Vaccination in Burma 1900-1911 - 1900-1911
Year: 1900
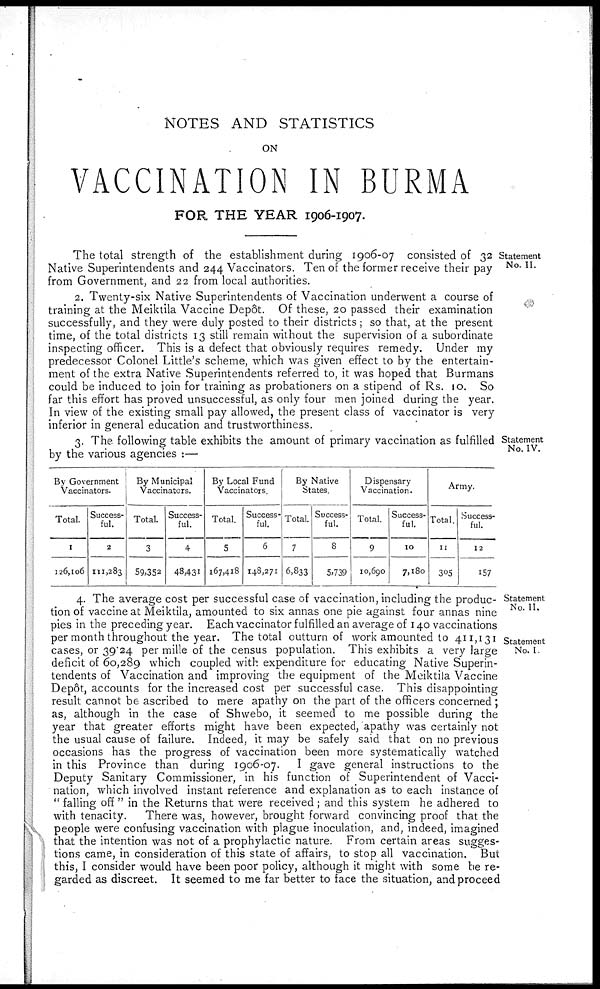
NOTES AND STATISTICS
ON
VACCINATION IN BURMA
FOR THE YEAR 1906-1907.
Statement
No. II.
The total strength of the establishment during 1906-07 consisted of 32
Native Superintendents and 244 Vaccinators. Ten of the former receive their pay
from Government, and 22 from local authorities.
2. Twenty-six Native Superintendents of Vaccination underwent a course of
training at the Meiktila Vaccine Depôt. Of these, 20 passed their examination
successfully, and they were duly posted to their districts; so that, at the present
time, of the total districts 13 still remain without the supervision of a subordinate
inspecting officer. This is a defect that obviously requires remedy. Under my
predecessor Colonel Little's scheme, which was given effect to by the entertain-
ment of the extra Native Superintendents referred to, it was hoped that Burmans
could be induced to join for training as probationers on a stipend of Rs. 10. So
far this effort has proved unsuccessful, as only four men joined during the year.
In view of the existing small pay allowed, the present class of vaccinator is very
inferior in general education and trustworthiness.
Statement
No. IV.
3. The following table exhibits the amount of primary vaccination as fulfilled
by the various agencies :—
By Government
Vaccinators.
Total.
1
126,106
Success-
ful.
2
111,283
By Municipal
Vaccinators.
Total.
3
59,352
Success-
ful.
4
48,431
By Local Fund
Vaccinators.
Total.
5
167,418
Success-
ful.
6
148,271
By Native
States.
Total.
7
6,833
Success-
ful.
8
5,739
D ispensary
Vaccination.
Total.
9
10,690
Success-
ful.
10
7,180
Army.
Total.
11
305
Success-
ful.
12
157
Statement
No. II.
Statement
No. I.
4. The average cost per successful case of vaccination, including the produc-
tion of vaccine at Meiktila, amounted to six annas one pie against four annas nine
pies in the preceding year. Each vaccinator fulfilled an average of 140 vaccinations
per month throughout the year. The total outturn of work amounted to
411,1
deficit of 60,289 which coupled with expenditure for educating Native Superin-
tendents of Vaccination and improving the equipment of the Meiktila Vaccine
Depôt, accounts for the increased cost per successful case. This disappointing
result cannot be ascribed to mere apathy on the part of the officers concerned ;
as, although in the case of Shwebo, it seemed to me possible during the
year that greater efforts might have been expected, apathy was certainly not
the usual cause of failure. Indeed, it may be safely said that on no previous
occasions has the progress of vaccination been more systematically watched
in this Province than during 1906-07. I gave general instructions to the
Deputy Sanitary Commissioner, in his function of Superintendent of Vacci-
nation, which involved instant reference and explanation as to each instance of
" falling off " in the Returns that were received ; and this system he adhered to
with tenacity.
There was, however, brought forward convincing proof that the
people were confusing vaccination with plague inoculation, and, indeed, imagined
that the intention was not of a prophylactic nature. From certain areas sugges-
tions came, in consideration of this state of affairs, to stop all vaccination. But
this, I consider would have been poor policy, although it might with some be re-
garded as discreet. It seemed to me far better to face the situation, and proceed